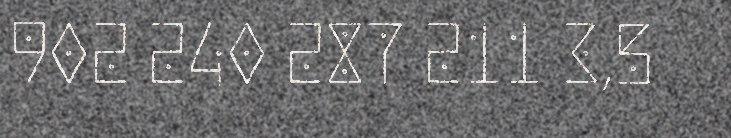
902 240 287 211 3,5